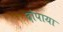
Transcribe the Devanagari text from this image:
दोपाया